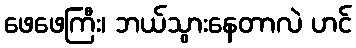
ဖေဖေကြီး၊ ဘယ်သွားနေတာလဲ ဟင်